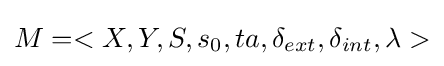
M=<X,Y,S,s_{0},ta,\delta _{ext},\delta _{int},\lambda >